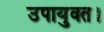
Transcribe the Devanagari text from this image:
उपायुक्त।